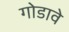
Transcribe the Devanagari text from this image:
गोडावे